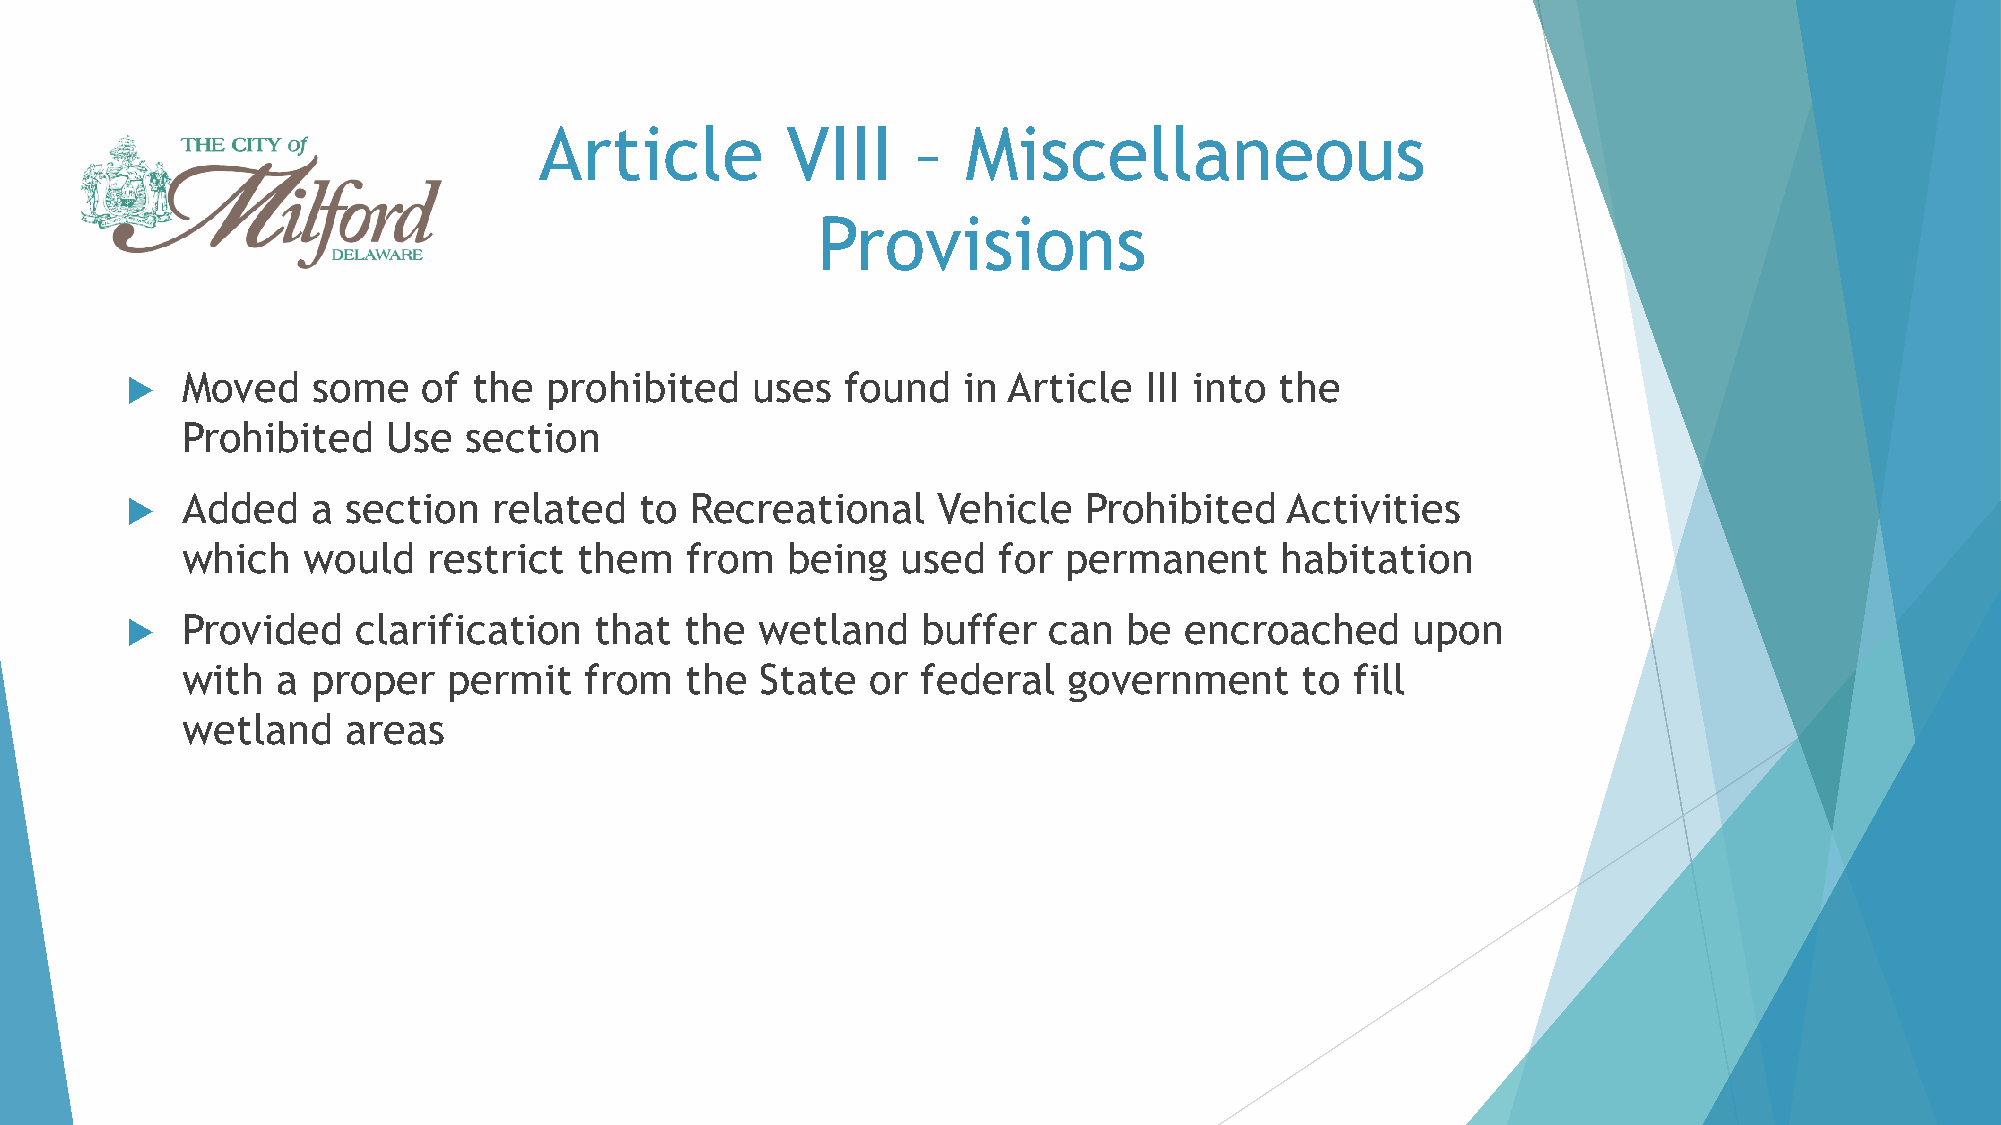
Article         VIII     –  Miscellaneous
 Provisions
    Moved    some   of the  prohibited    uses  found   in Article  III into the
 Prohibited    Use  section
    Added    a section   related  to  Recreational    Vehicle   Prohibited   Activities
 which   would   restrict  them   from   being   used  for  permanent     habitation
    Provided    clarification  that  the  wetland    buffer  can   be encroached      upon
 with  a  proper   permit   from  the  State   or federal   government     to  fill
 wetland    areas